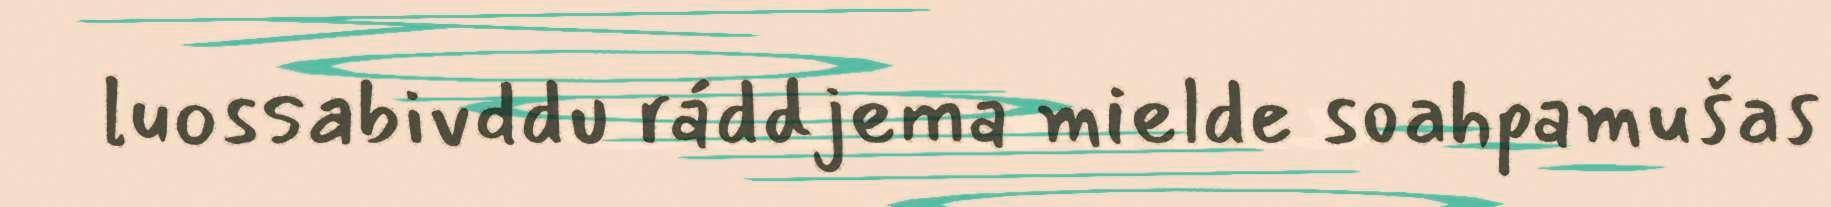
luossabivddu ráddjema mielde soahpamušas